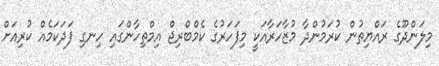
މިލަންދޫގެ ރައްޔިތުން ކުރަމުންދާ މުޒާހަރާއަކީ މިފަހަރުގެ ކެމްބްރިޖް އިމްތިހާންގައި ހިނގި ފަދަކަމެއް ކުރިއަށް